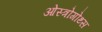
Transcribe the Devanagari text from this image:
ओस्त्रोगोथ्स